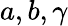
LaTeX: a,b,\gamma